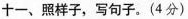
十一、照样子，写句子。(4分)